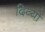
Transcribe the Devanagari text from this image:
दिव्यों